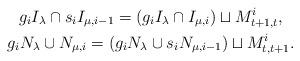
LaTeX: \begin{gather*}g_iI_{\lambda}\cap s_iI_{\mu,i-1} = (g_iI_{\lambda}\cap I_{\mu,i}) \sqcup M^i_{t+1,t},\\g_iN_{\lambda}\cup N_{\mu,i} = (g_iN_{\lambda}\cup s_iN_{\mu,i-1}) \sqcup M^i_{t,t+1}.\end{gather*}